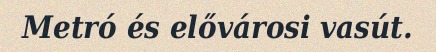
Metró és elővárosi vasút.